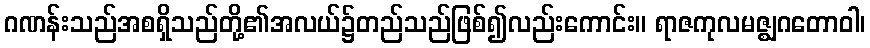
ဂဏန်းသည်အစရှိသည်တို့၏အလယ်၌တည်သည်ဖြစ်၍လည်းကောင်း။ ရာဇကုလမဇ္ဈဂတောဝါ၊